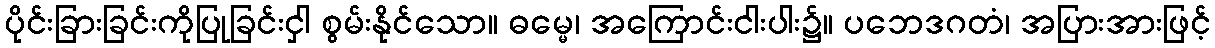
ပိုင်းခြားခြင်းကိုပြုခြင်းငှါ စွမ်းနိုင်သော။ ဓမ္မေ၊ အကြောင်းငါးပါး၌။ ပဘေဒဂတံ၊ အပြားအားဖြင့်